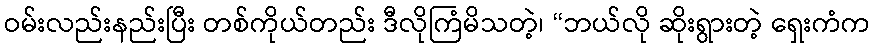
ဝမ်းလည်းနည်းပြီး တစ်ကိုယ်တည်း ဒီလိုကြံမိသတဲ့၊ “ဘယ်လို ဆိုးရွားတဲ့ ရှေးကံက